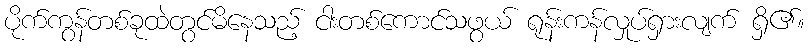
ပိုက်ကွန်တစ်ခုထဲတွင်မိနေသည့် ငါးတစ်ကောင်သဖွယ် ရုန်းကန်လှုပ်ရှားလျက် ရှိ၏။